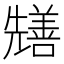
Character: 𭀺